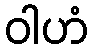
ဝါဟံ